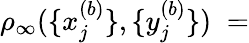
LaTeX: \rho_{\infty}(\{ x_{j}^{(b)}\} ,\{ y_{j}^{(b)}\} )\; =